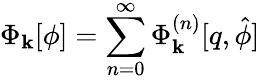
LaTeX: \Phi_{\mathbf{k}}[\phi]=\sum_{n=0}^{\infty}\Phi_{\mathbf{k}}^{(n)}[q,\hat{{\phi}}]